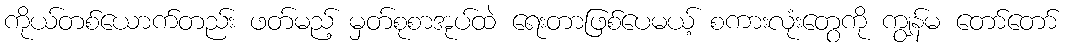
ကိုယ်တစ်ယောက်တည်း ဖတ်မည့် မှတ်စုစာအုပ်ထဲ ရေးတာဖြစ်ပေမယ့် စကားလုံးတွေကို ကျွန်မ တော်တော်